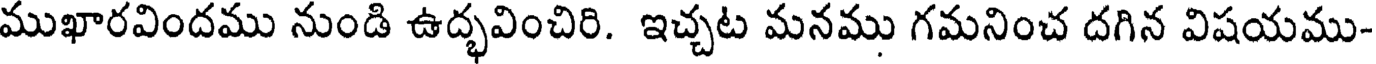
ముఖారవిందము నుండి ఉద్భవించిరి. ఇచ్చట మనము గమనించ దగిన విషయము-